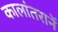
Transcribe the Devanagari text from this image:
कालांतरानें